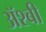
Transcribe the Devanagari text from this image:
ॲश्बी